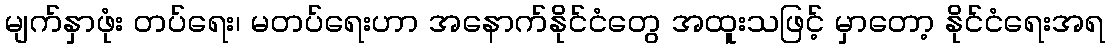
မျက်နှာဖုံး တပ်ရေး၊ မတပ်ရေးဟာ အနောက်နိုင်ငံတွေ အထူးသဖြင့် မှာတော့ နိုင်ငံရေးအရ